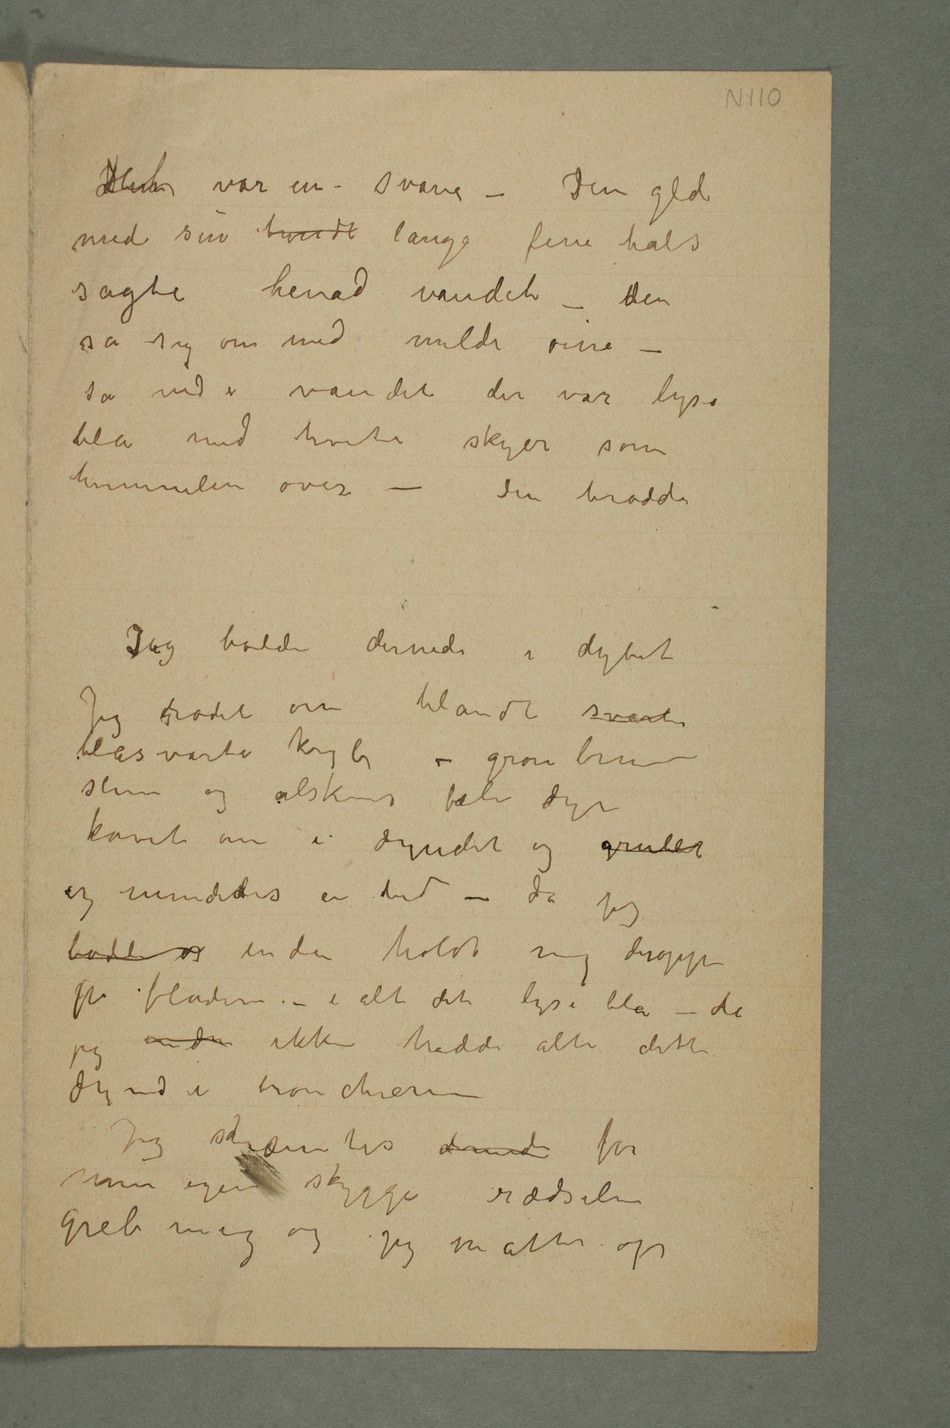
Hun var en – svane – Den gled
med sin hvidt lange fine hals
sagte henad vandet – hden
så sig om med milde øine
– så ind i vandet der var lyse
blå med hvite skyer som
himmelen over –
Den brodde
Jeg bodde dernede i dybet
Jeg rodet om blandt svarte
blåsvarte kryb – grønbrun
slim og alskens fæle dyr
kavet om i dyndet og grublet
og mindedes en tid – da jeg
bodde  endnu holdt mig deroppe
endnu ikke hadde alti dette
dynd i bronchierne
Jeg skræmtes dernede for
min egen skyggerædselen
greb mig og jeg måtte op